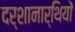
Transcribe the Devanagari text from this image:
दर्शानार्थियों